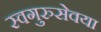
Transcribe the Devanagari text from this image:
स्वगुरुसेवया